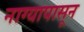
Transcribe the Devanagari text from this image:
नाग्यापासून